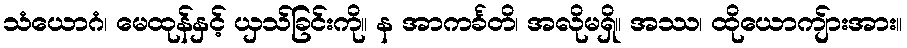
သံယောဂံ၊ မေထုန်နှင့် ယှသ်ခြင်းကို။ န အာကင်္ခတိ၊ အလိုမရှိ။ အဿ၊ ထိုယောကျ်ားအား။